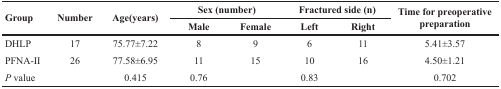
<table><thead><tr><td rowspan="2"><b>Group</b></td><td rowspan="2"><b>Number</b></td><td rowspan="2"><b>Age(years)</b></td><td colspan="2"><b>Sex (number)</b></td><td colspan="2"><b>Fractured side (n)</b></td><td rowspan="2"><b>Time for preoperative preparation</b></td></tr><tr><td><b>Male</b></td><td><b>Female</b></td><td><b>Left</b></td><td><b>Right</b></td></tr></thead><tbody><tr><td>DHLP</td><td>17</td><td>75.77±7.22</td><td>8</td><td>9</td><td>6</td><td>11</td><td>5.41±3.57</td></tr><tr><td>PFNA-II</td><td>26</td><td>77.58±6.95</td><td>11</td><td>15</td><td>10</td><td>16</td><td>4.50±1.21</td></tr><tr><td><i>P</i> value</td><td></td><td>0.415</td><td>0.76</td><td></td><td>0.83</td><td></td><td>0.702</td></tr></tbody></table>